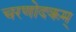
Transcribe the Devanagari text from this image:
चरणोदकम्